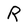
Character: R